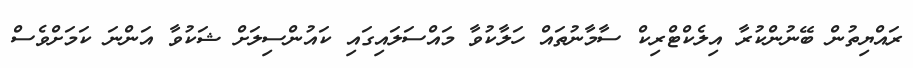
ރައްޔިތުން ބޭނުންކުރާ އިލެކްޓްރިކް ސާމާނުތައް ހަލާކުވާ މައްސަލައިގައި ކައުންސިލަށް ޝަކުވާ އަންނަ ކަމަށްވެސް